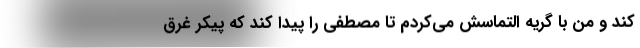
کند و من با گریه التماسش می‌کردم تا مصطفی را پیدا کند که پیکر غرق